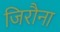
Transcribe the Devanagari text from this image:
जिरौना